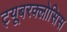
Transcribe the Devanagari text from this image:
ट्यूबरक्लोसिस